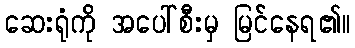
ဆေးရုံကို အပေါ်စီးမှ မြင်နေရ၏။